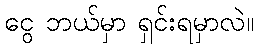
ငွေ ဘယ်မှာ ရှင်းရမှာလဲ။